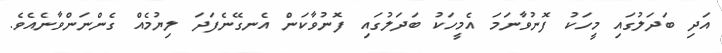
އަދި ބަދަލުގައި މީހަކު ފޮނުވާނަމަ އެމީހަކު ބަދަލުގައި ފޮނުވާކަން އެނގޭނެފަދަ ލިޔުމެއް ގެންނަންވާނެއެވެ.